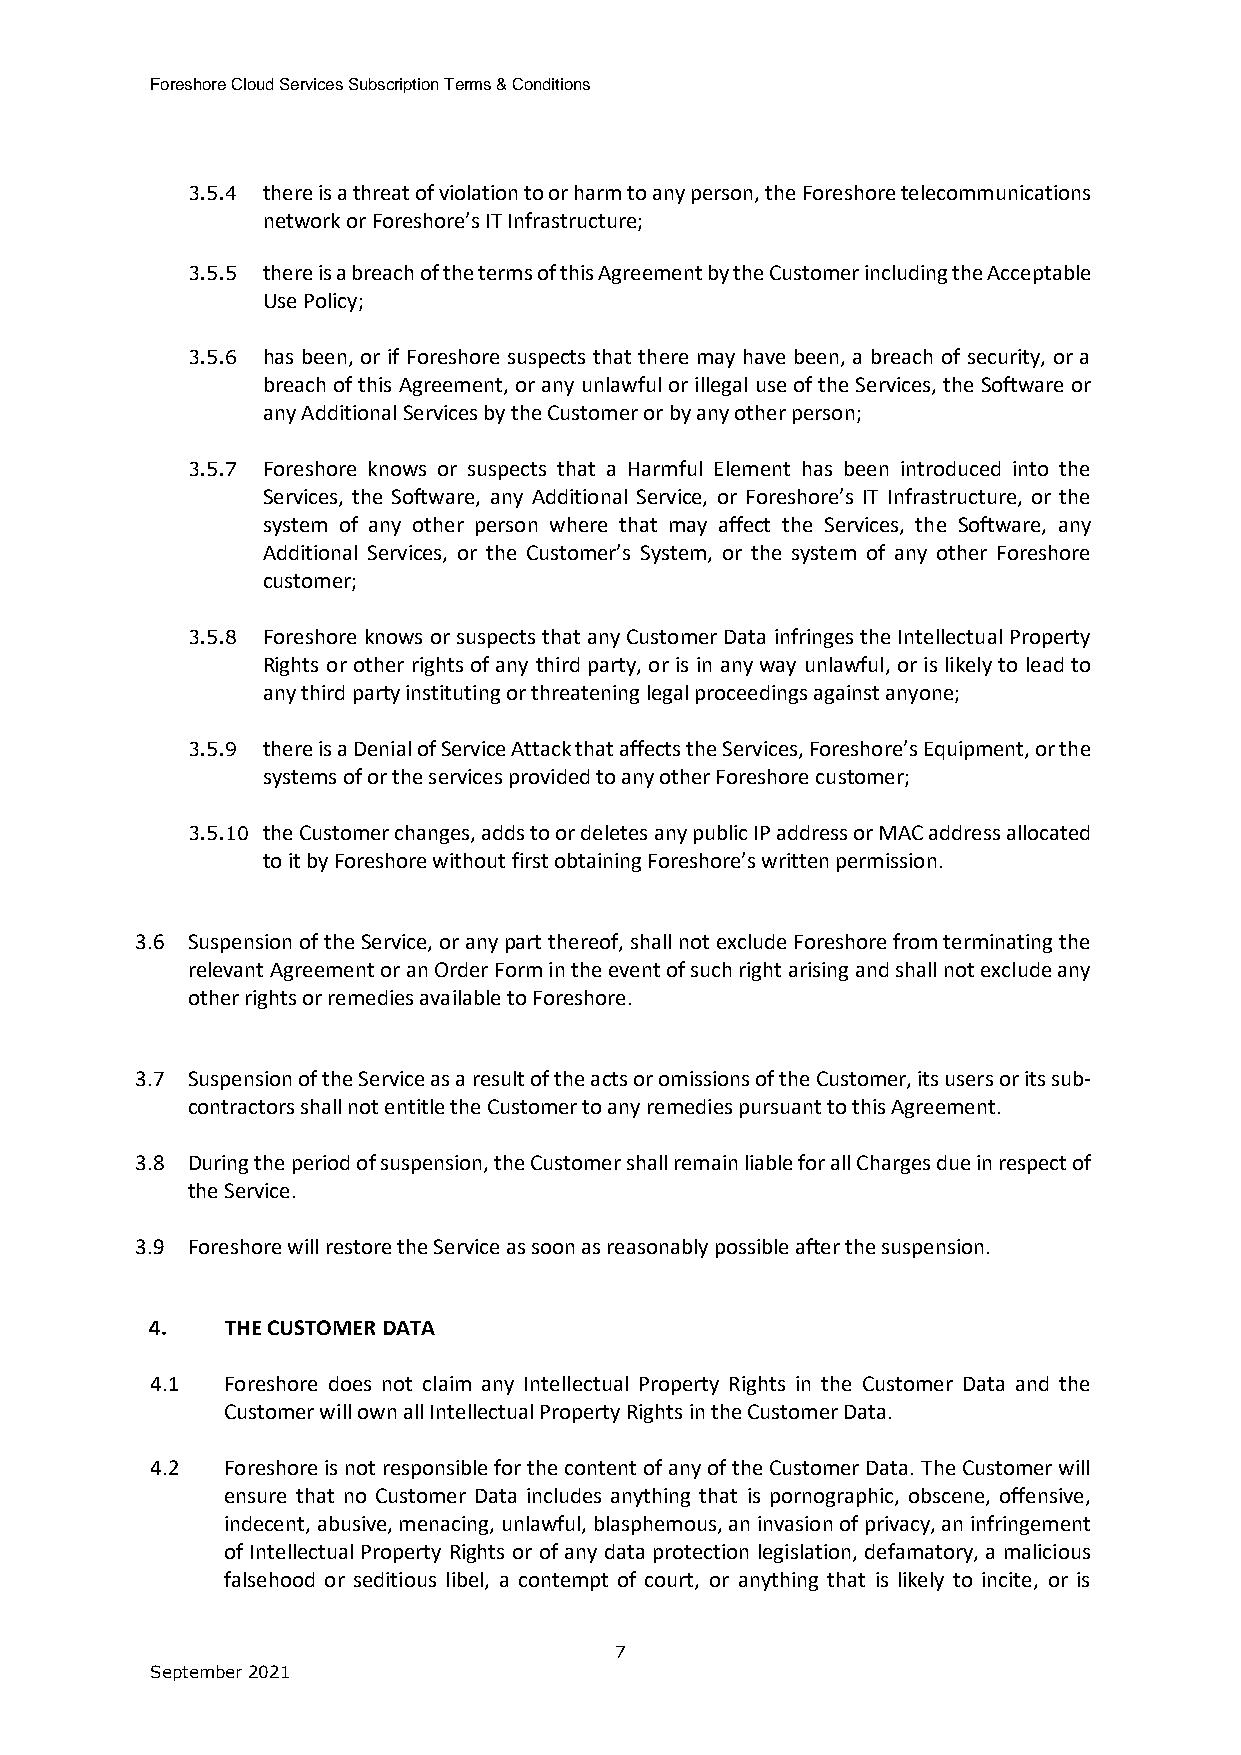
Foreshore Cloud Services Subscription Terms & Conditions
 3.5.4 there is a threat of violation to or harm to any person, the Foreshore telecommunications
 network or Foreshore’s IT Infrastructure;
 3.5.5 there is a breach of the terms of this Agreement by the Customer including the Acceptable
 Use Policy;
 3.5.6 has been, or if Foreshore suspects that there may have been, a breach of security, or a
 breach of this Agreement, or any unlawful or illegal use of the Services, the Software or
 any Additional Services by the Customer or by any other person;
 3.5.7 Foreshore knows or suspects that a Harmful Element has been introduced into the
 Services, the Software, any Additional Service, or Foreshore’s IT Infrastructure, or the
 system of any other person where that may affect the Services, the Software, any
 Additional Services, or the Customer’s System, or the system of any other Foreshore
 customer;
 3.5.8 Foreshore knows or suspects that any Customer Data infringes the Intellectual Property
 Rights or other rights of any third party, or is in any way unlawful, or is likely to lead to
 any third party instituting or threatening legal proceedings against anyone;
 3.5.9 there is a Denial of Service Attack that affects the Services, Foreshore’s Equipment, or the
 systems of or the services provided to any other Foreshore customer;
 3.5.10 the Customer changes, adds to or deletes any public IP address or MAC address allocated
 to it by Foreshore without first obtaining Foreshore’s written permission.
 3.6 Suspension of the Service, or any part thereof, shall not exclude Foreshore from terminating the
 relevant Agreement or an Order Form in the event of such right arising and shall not exclude any
 other rights or remedies available to Foreshore.
 3.7 Suspension of the Service as a result of the acts or omissions of the Customer, its users or its sub-
 contractors shall not entitle the Customer to any remedies pursuant to this Agreement.
 3.8 During the period of suspension, the Customer shall remain liable for all Charges due in respect of
 the Service.
 3.9 Foreshore will restore the Service as soon as reasonably possible after the suspension.
 4.   THE CUSTOMER DATA
 4.1  Foreshore does not claim any Intellectual Property Rights in the Customer Data and the
 Customer will own all Intellectual Property Rights in the Customer Data.
 4.2  Foreshore is not responsible for the content of any of the Customer Data. The Customer will
 ensure that no Customer Data includes anything that is pornographic, obscene, offensive,
 indecent, abusive, menacing, unlawful, blasphemous, an invasion of privacy, an infringement
 of Intellectual Property Rights or of any data protection legislation, defamatory, a malicious
 falsehood or seditious libel, a contempt of court, or anything that is likely to incite, or is
 7
 September 2021